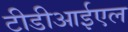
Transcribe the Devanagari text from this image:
टीडीआईएल